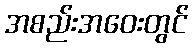
အစည်းအဝေးတွင်